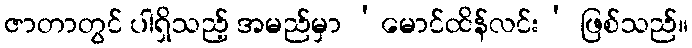
ဇာတာတွင် ပါရှိသည့် အမည်မှာ ‘မောင်ထိန်လင်း’ ဖြစ်သည်။